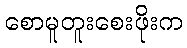
စောမူတူးစေးဖိုးက